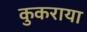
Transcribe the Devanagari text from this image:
कुकराया